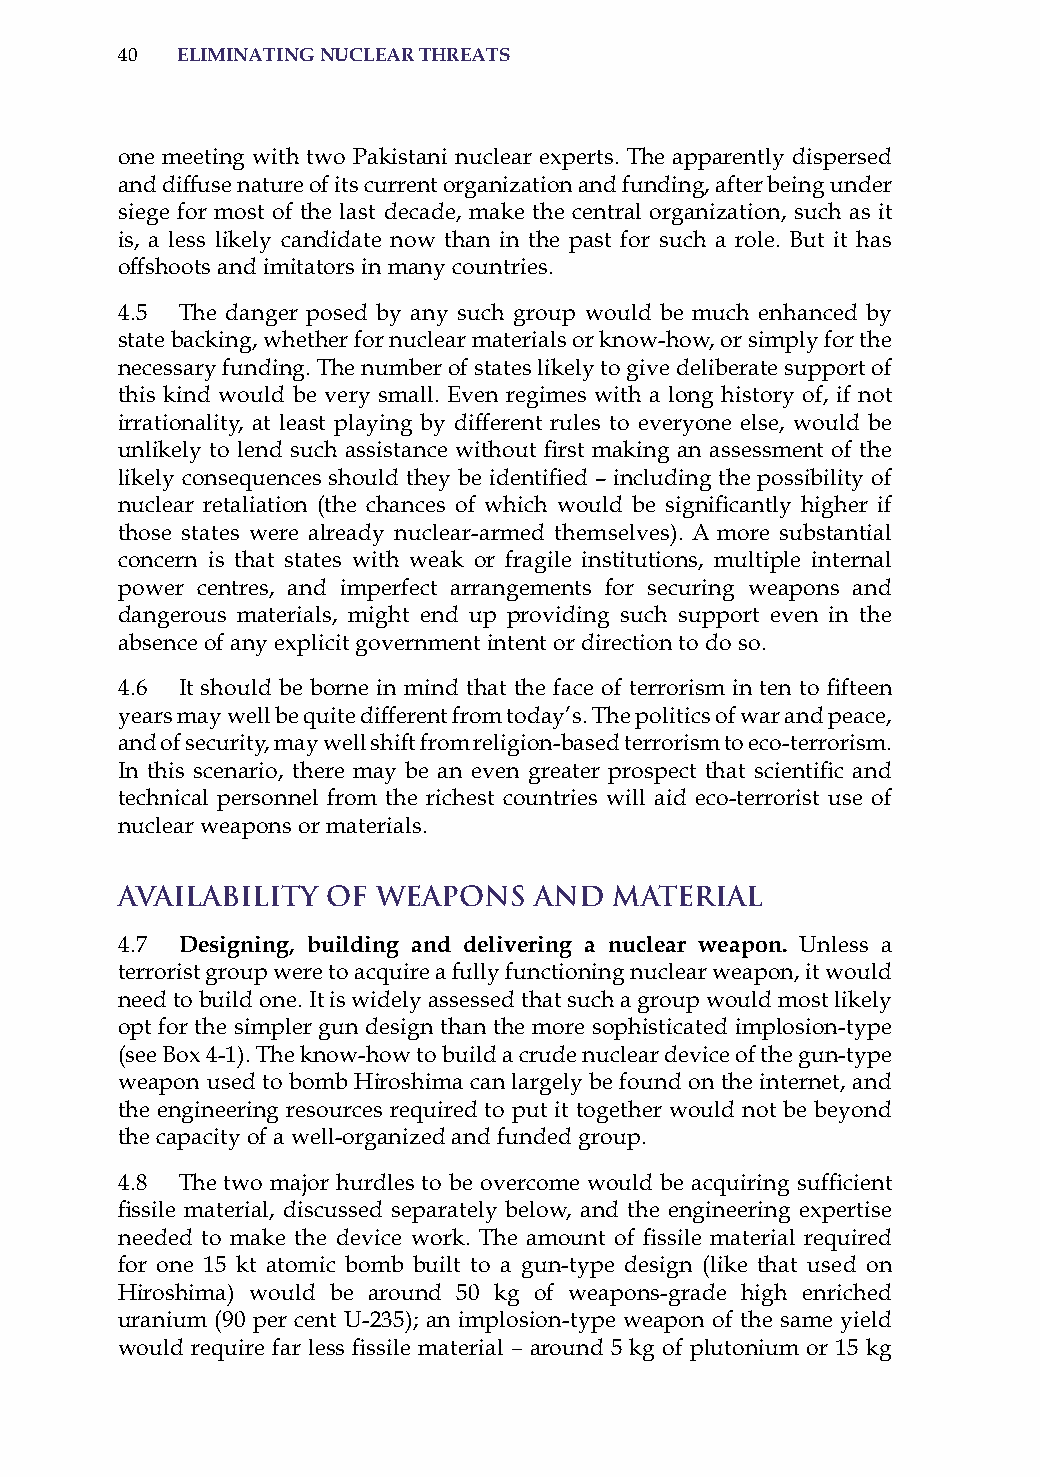
40  eliminatinG nuclear threats
 one meeting with two Pakistani nuclear experts. The apparently dispersed
 and diffuse nature of its current organization and funding, after being under
 siege for most of the last decade, make the central organization, such as it
 is, a less likely candidate now than in the past for such a role. But it has
 offshoots and imitators in many countries.
 4.5 The danger posed by any such group would be much enhanced by
 state backing, whether for nuclear materials or know-how, or simply for the
 necessary funding. The number of states likely to give deliberate support of
 this kind would be very small. Even regimes with a long history of, if not
 irrationality, at least playing by different rules to everyone else, would be
 unlikely to lend such assistance without first making an assessment of the
 likely consequences should they be identified – including the possibility of
 nuclear retaliation (the chances of which would be significantly higher if
 those states were already nuclear-armed themselves). a more substantial
 concern is that states with weak or fragile institutions, multiple internal
 power centres, and imperfect arrangements for securing weapons and
 dangerous materials, might end up providing such support even in the
 absence of any explicit government intent or direction to do so.
 4.6 It should be borne in mind that the face of terrorism in ten to fifteen
 years may well be quite different from today’s. The politics of war and peace,
 and of security, may well shift from religion-based terrorism to eco-terrorism.
 In this scenario, there may be an even greater prospect that scientific and
 technical personnel from the richest countries will aid eco-terrorist use of
 nuclear weapons or materials.
 Availability  of Weapons   and   Material
 4.7 designing, building and delivering a nuclear weapon. Unless a
 terrorist group were to acquire a fully functioning nuclear weapon, it would
 need to build one. it is widely assessed that such a group would most likely
 opt for the simpler gun design than the more sophisticated implosion-type
 (see Box 4-1). The know-how to build a crude nuclear device of the gun-type
 weapon used to bomb hiroshima can largely be found on the internet, and
 the engineering resources required to put it together would not be beyond
 the capacity of a well-organized and funded group.
 4.8 The two major hurdles to be overcome would be acquiring sufficient
 fissile material, discussed separately below, and the engineering expertise
 needed to make the device work. The amount of fissile material required
 for one 15 kt atomic bomb built to a gun-type design (like that used on
 hiroshima) would be around 50 kg of weapons-grade high enriched
 uranium (90 per cent U-235); an implosion-type weapon of the same yield
 would require far less fissile material – around 5 kg of plutonium or 15 kg